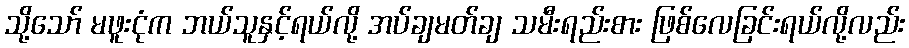
သို့သော် မဖူးငုံက ဘယ်သူနှင့်ရယ်လို့ အပ်ချမတ်ချ သမီးရည်းစား ဖြစ်လေခြင်းရယ်လို့လည်း